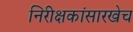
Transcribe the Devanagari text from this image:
निरीक्षकांसारखेच